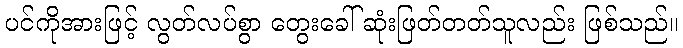
ပင်ကိုအားဖြင့် လွတ်လပ်စွာ တွေးခေါ် ဆုံးဖြတ်တတ်သူလည်း ဖြစ်သည်။